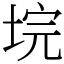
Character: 垸